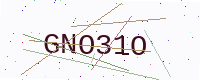
Text: GNO31O